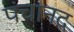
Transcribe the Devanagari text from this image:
पंचानद